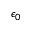
\epsilon _ { 0 }